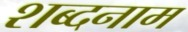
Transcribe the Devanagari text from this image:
शब्दनाम